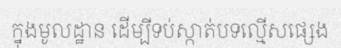
ក្នុងមូលដ្ឋាន ដើម្បីទប់ស្កាត់បទល្មើសផ្សេង